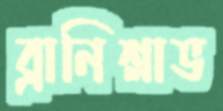
ব্রানিশ্লাভ